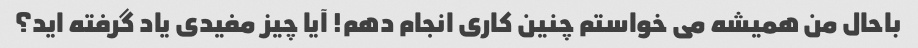
باحال من همیشه می خواستم چنین کاری انجام دهم! آیا چیز مفیدی یاد گرفته اید؟